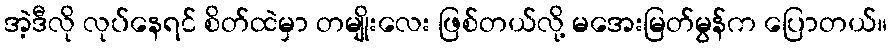
အဲ့ဒီလို လုပ်နေရင် စိတ်ထဲမှာ တမျိုးလေး ဖြစ်တယ်လို့ မအေးမြတ်မွန်က ပြောတယ်။